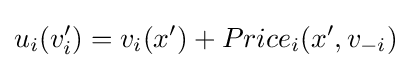
u_{i}(v_{i}')=v_{i}(x')+Price_{i}(x',v_{-i})